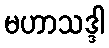
မဟာသဒ္ဒါ